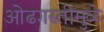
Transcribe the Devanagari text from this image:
ओढगस्तीमुळे